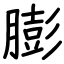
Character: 膨